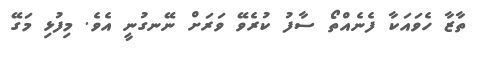
ތާޒާ ހެވައަކާ ފެނެއްތޯ ސާފު ކުރެވޭ ވަރަށް ނޭނގުނީ އެވެ. މިފުޅި މަގޭ